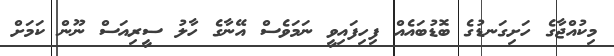
މިކުއްޖާގެ ހަށިގަނޑުގެ ބޮޑުބައެއް ފިހިފައިވީ ނަމަވެސް އޭނާގެ ހާލު ސީރިއަސް ނޫން ކަމަށް